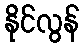
နိုင်လွန်